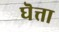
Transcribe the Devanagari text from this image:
घॆत्ता